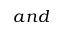
a n d